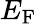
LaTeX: E_{\mathrm{{F}}}